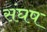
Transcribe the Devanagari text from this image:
संघष